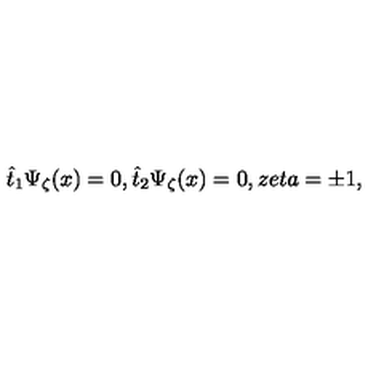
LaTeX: \hat { t } _ { 1 } \Psi _ { \zeta } ( x ) = 0 , \hat { t } _ { 2 } \Psi _ { \zeta } ( x ) = 0 , z e t a = \pm 1 ,